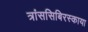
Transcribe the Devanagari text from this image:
त्रांससिबिरस्काया